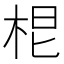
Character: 𭩷